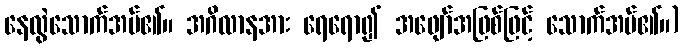
နေလွဲသောက်အပ်၏။ အဂိလာနအား ရေရော၍ အဖျော်အဖြစ်ဖြင့် သောက်အပ်၏။)